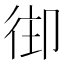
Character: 𢓦